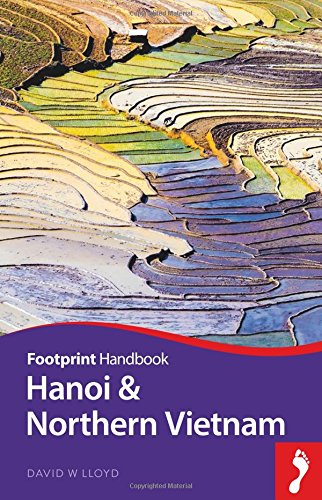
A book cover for Hanoi & Northern Vietnam Handbook (Footprint - Handbooks); David Lloyd; Travel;